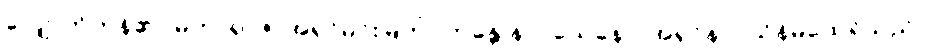
လျှောက်ကုန်၏။ မဟာရာဇ၊ အရှင်မင်းမြတ်။ ဘန္တေ နာဂသေနော၊ အရှင်နာဂသိန်မထေရ်သည်။